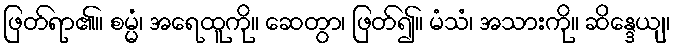
ဖြတ်ရာ၏။ စမ္မံ၊ အရေထူကို။ ဆေတွာ၊ ဖြတ်၍။ မံသံ၊ အသားကို။ ဆိန္ဒေယျ၊